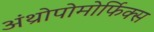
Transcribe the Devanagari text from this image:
अंथ्रोपोमोर्फिक्स